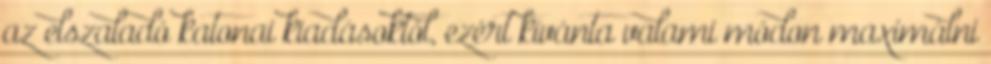
az elszaladó katonai kiadásoktól, ezért kívánta valami módon maximálni